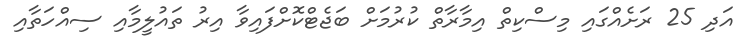
އަދި 25 ރަށެއްގައި މިސްކިތް އިމާރާތް ކުރުމަށް ބަޖެޓްކޮށްފައިވާ އިރު ތައުލީމާއި ސިއްހަތާއި